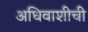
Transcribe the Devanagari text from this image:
अधिवाशीची